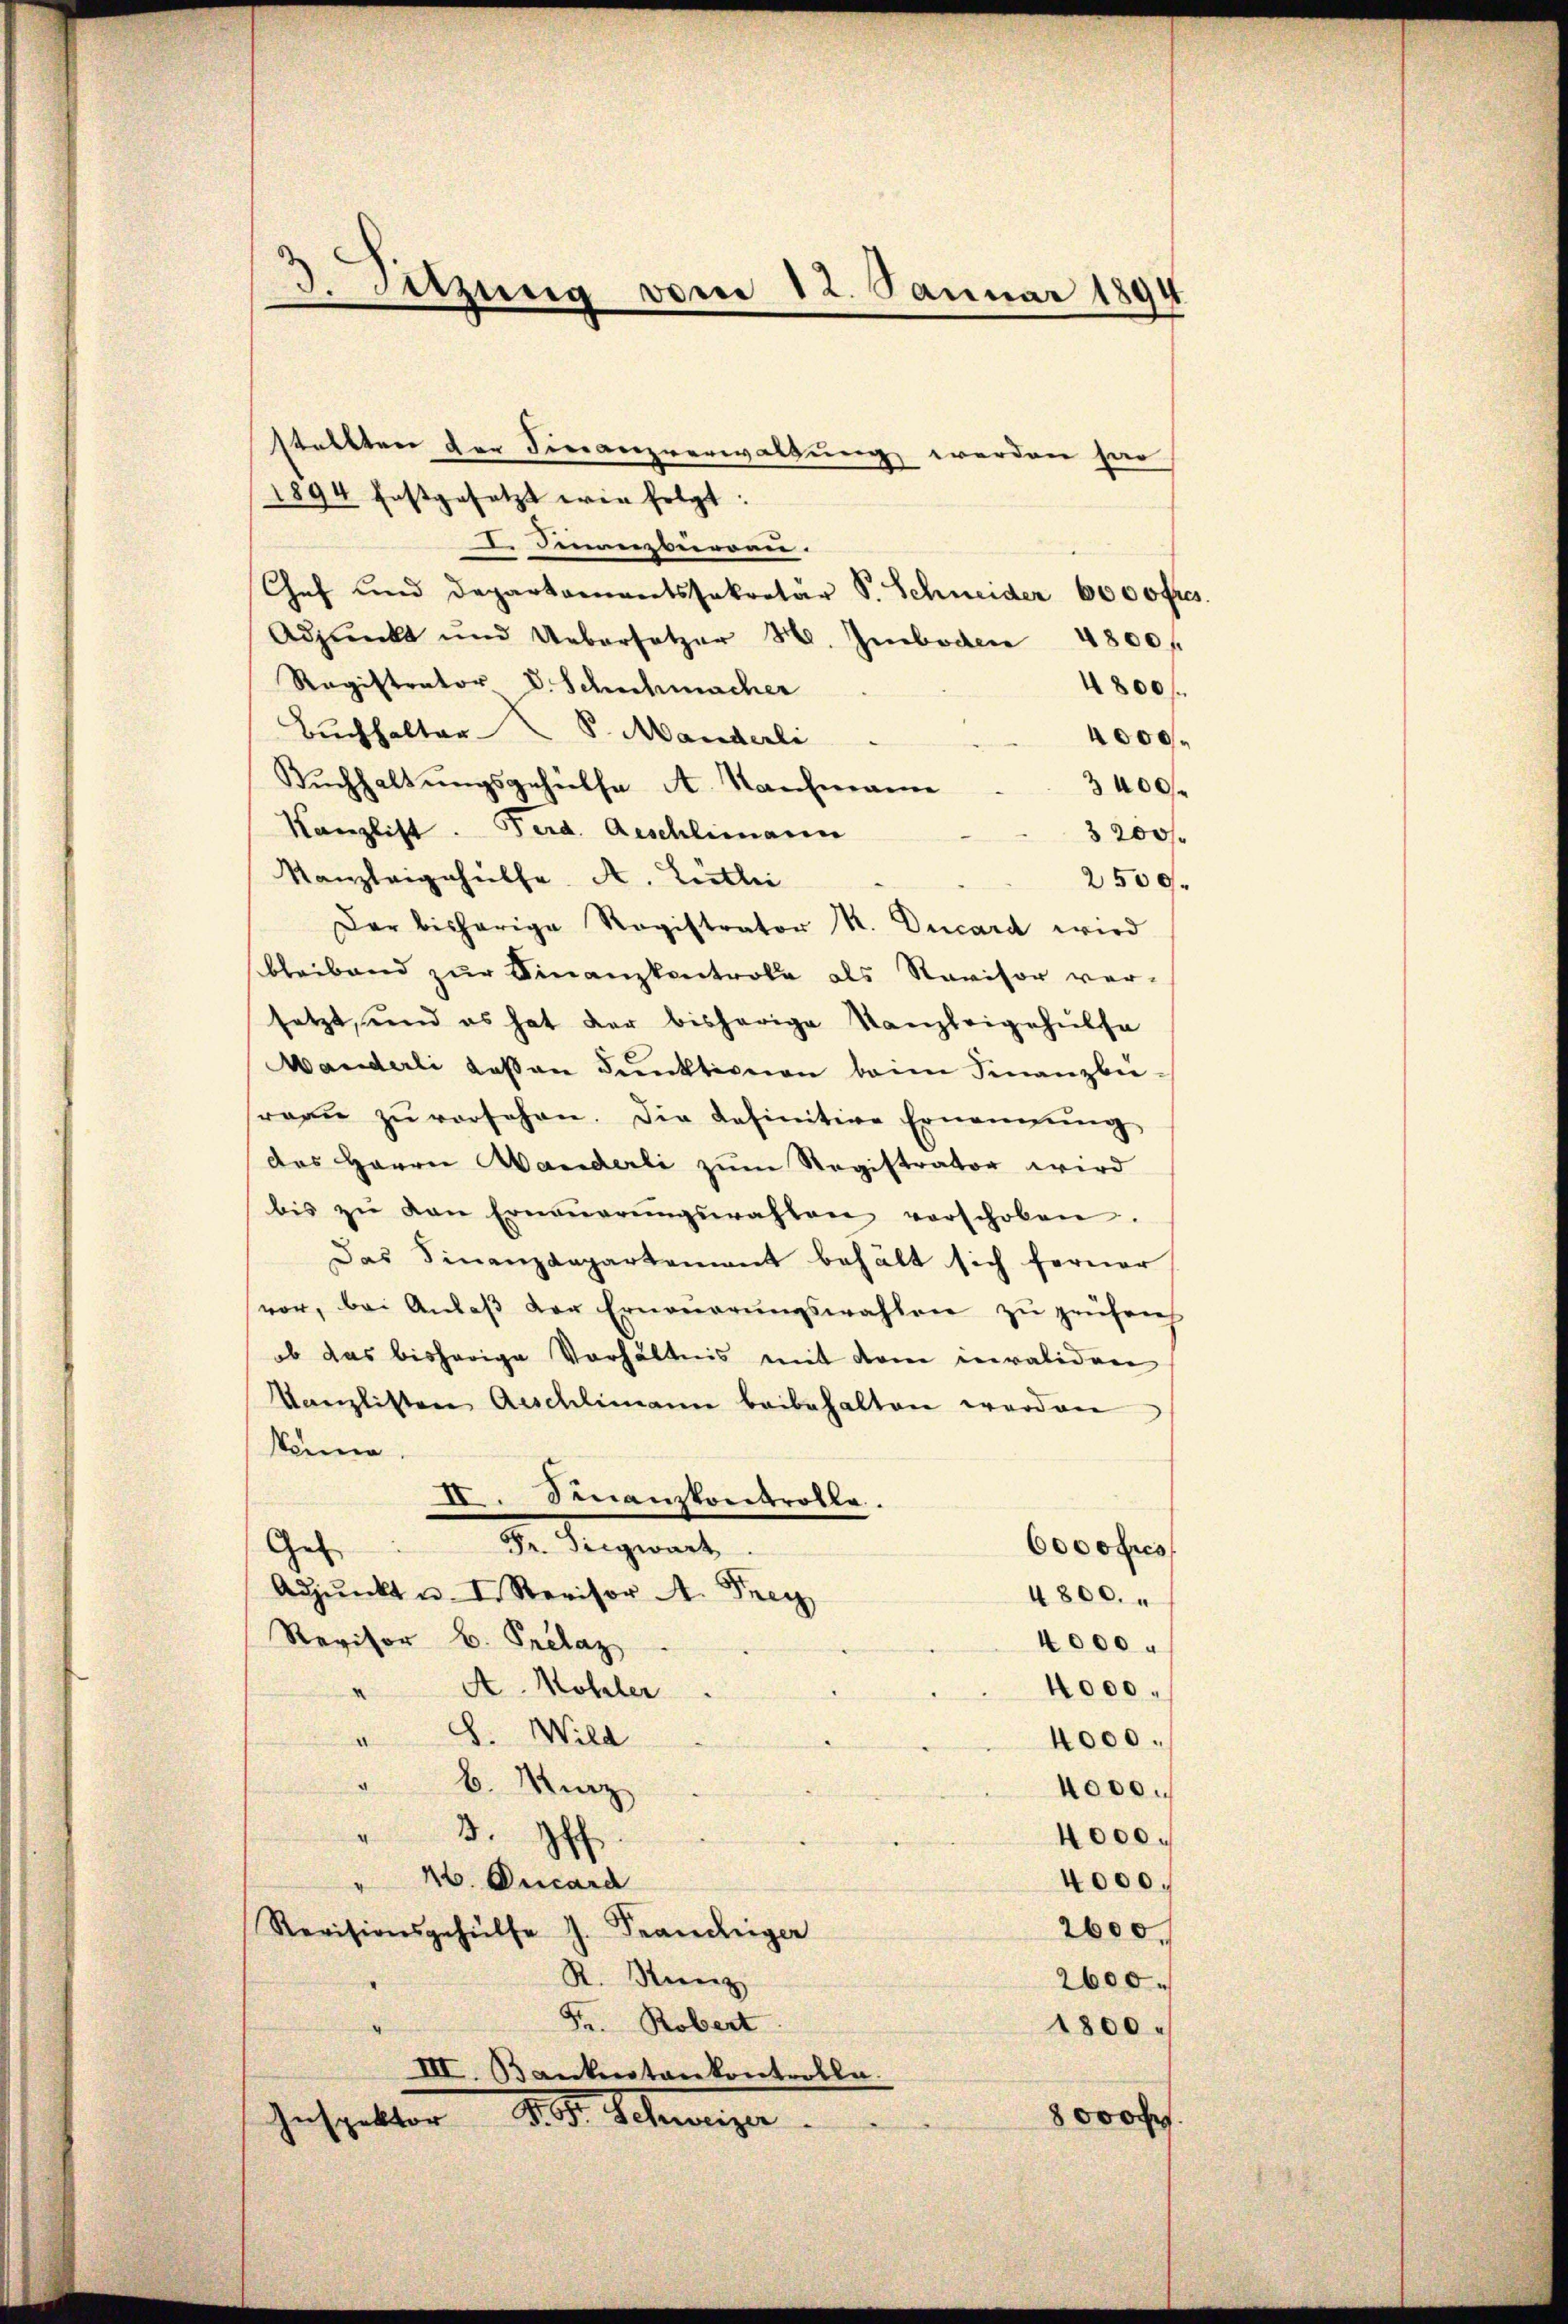
3. Sitzung vom 12. Januar 1894

stallten der Finanzverwaltung werden ha
1894 festgesetzt erin folgt:
I. Finanzbürden.
Chef und Departamantssekretär S. Schneider 6000 fr
Adjunkt und Uebersetzer H. Imboden 4800f
Ragistrator V. Schuhmacher
4800.
Buchhalter S. Manderli
4000.
Buchhaltungsgehülfe A. Nachmann
3400 f
Kanzlist. Ferd. Aeschlimann
3 200 f
Kanzleigehülfe. A. Luthei
2500.
Dar bisherige Registrator K. Ducard wird
bleibend zur Finanzkontrole als Revisor ver-
setzt, und es hat der bisherige Kanzleigehülfe
Manderli dassen Punktionen beim Finanzbe-
reaŭ zŭ versehen. Die definitive Ernennung
das Herrn Wanderli zum Registrator wird
bis zŭ den Erneṅerŭngswahlen verschoben.
Das Finanzdepartement behält sich ferner
vor, bei Anlaβ der Erneŭerŭngswahlen zŭ zeŭfrich
ob das bisherige Verhältnis mit dem invaliden
Kanzlisten Aeschlimann beibehalten werden
könne
II. Miauskontrolle.
Dr. Siegwart
Ges.
6000 fres
Adjŭnkt u. I. Revisor A. Frey
4800.
Revisor B. Pellaz
4000.
A. Mohler
4000.
¬
8. Wild
A
4000.
d.
b. Merz
4000.
4
3. ff.
4000.
M. Oucard
4000.
Revisionsgehülfe J. Brandiger
2600.
R. Reiz
2600.
Fr. Robert
1800.
III. Bankenstankontrolle.
8 000
Inspetter d. d. Schnungen.

.